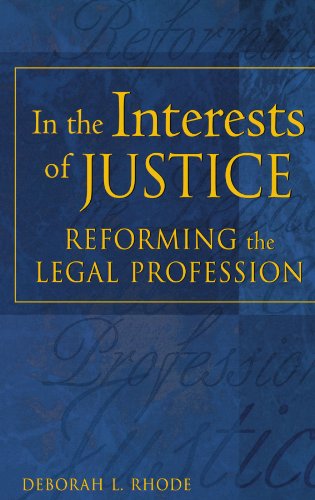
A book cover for In the Interests of Justice: Reforming the Legal Profession; Deborah L. Rhode; Law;